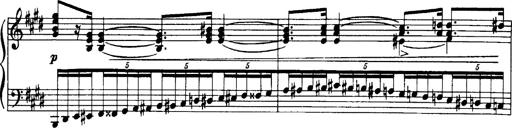
Title: OuvertÃ¼re zu TannhÃ¤user
Composer: Franz Liszt